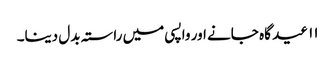
۱۱ عید گاہ جانے اور واپسی میں راستہ بدل دینا۔